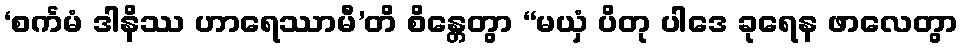
‘စင်္ကမံ ဒါနိဿ ဟာရေဿာမီ’တိ စိန္တေတွာ “မယှံ ပိတု ပါဒေ ခုရေန ဖာလေတွာ